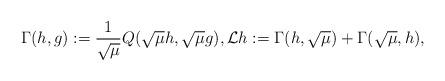
LaTeX: \begin{align*}\Gamma(h,g):=\frac{1}{\sqrt{\mu}}Q(\sqrt{\mu}h,\sqrt{\mu}g),\mathcal{L}h:=\Gamma(h,\sqrt{\mu})+\Gamma(\sqrt{\mu},h),\end{align*}